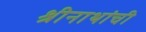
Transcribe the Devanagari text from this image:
श्रीनाथांची